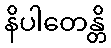
နိပါတေန္တိ